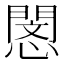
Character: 𢡻